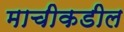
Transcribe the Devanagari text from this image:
माचीकडील